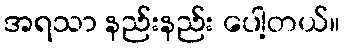
အရသာ နည်းနည်း ပေါ့တယ်။